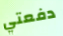
دفعتي